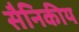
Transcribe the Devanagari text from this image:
सैनिकीय